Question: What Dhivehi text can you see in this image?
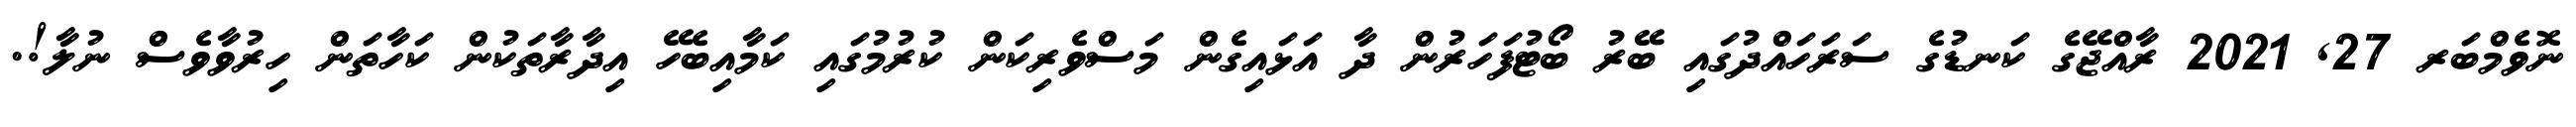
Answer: ނޮވެމްބަރ 27, 2021 ރާއްޖޭގެ ކަނޑުގެ ސަރަހައްދުގައި ބޭރު ބޯޓުފަހަރުން ދާ އަޅައިގެން މަސްވެރިކަން ކުރުމުގައި ކަމާއިބެހޭ އިދާރާތަކުން ކަހާތަން ހިރުވާވެސް ނުލާ!.